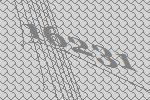
16231